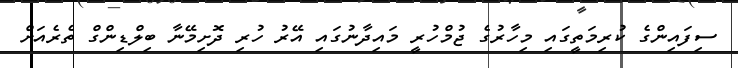
ސިފައިންގެ ކުރިމަތީގައި މިހާރުގެ ޖުމްހުރީ މައިދާނުގައި އޭރު ހުރި ދޮށިމޭނާ ބިލްޑިންގް ތެރެއަށް